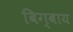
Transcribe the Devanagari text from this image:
बिग्बाय